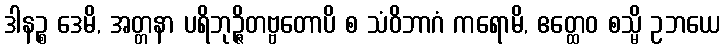
ဒါနဉ္စ ဒေမိ, အတ္တနာ ပရိဘုဉ္ဇိတဗ္ဗတောပိ စ သံဝိဘာဂံ ကရောမိ, ဧတ္ထေဝ စသ္မိ ဥဘယေ